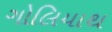
ગોલિયાથ